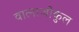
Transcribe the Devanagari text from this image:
वात्नाजोकुल